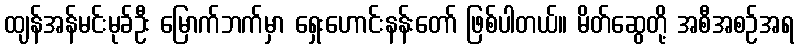
ထျန်အန်မင်းမုခ်ဦး မြောက်ဘက်မှာ ရှေးဟောင်းနန်းတော် ဖြစ်ပါတယ်။ မိတ်ဆွေတို့ အစီအစဉ်အရ